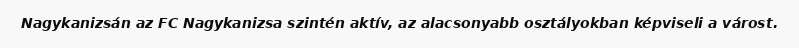
Nagykanizsán az FC Nagykanizsa szintén aktív, az alacsonyabb osztályokban képviseli a várost.